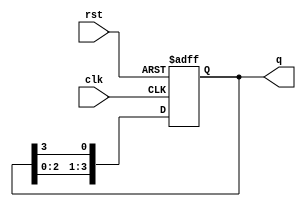
module ring_counter (
    input wire clk,       // Clock signal
    input wire rst,       // Asynchronous reset
    output reg [n-1:0] q // Output representing the state of the counter
);
    parameter n = 4; // Number of flip-flops (change as needed)

    always @(posedge clk or posedge rst) begin
        if (rst) begin
            // Reset state: only the first flip-flop is set to '1'
            q <= 1'b1;
        end else begin
            // Shift the '1' to the next flip-flop in a circular manner
            q <= {q[n-2:0], q[n-1]};
        end
    end
endmodule